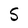
Character: S